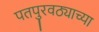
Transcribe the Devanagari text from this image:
पतपुरवठ्याच्या